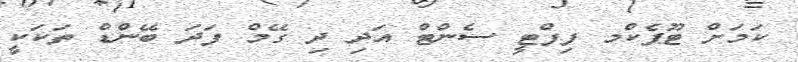
ކަމަށް ޓޫޕެކްމ ފިފްޓީ ސެންޓް އަދި ދި ގޭމް ފަދަ ބޭންޑް ތަކަކީ